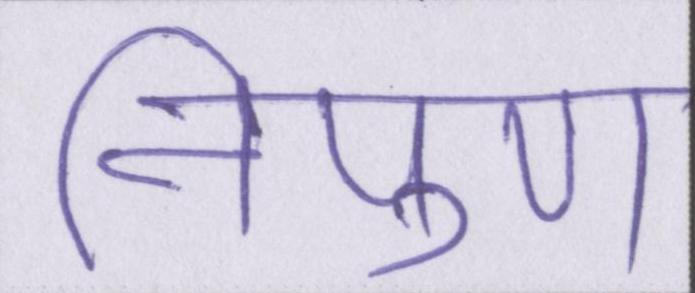
निपुण